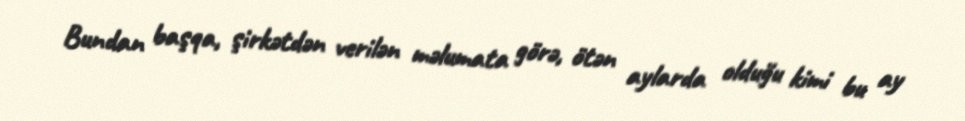
Bundan başqa, şirkətdən verilən məlumata görə, ötən aylarda olduğu kimi bu ay